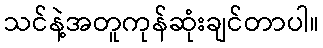
သင်နဲ့အတူကုန်ဆုံးချင်တာပါ။